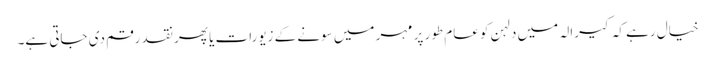
خیال رہے کہ کیرالہ میں دلہن کو عام طور پر مہر میں سونے کے زیورات یا پھر نقد رقم دی جاتی ہے۔